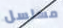
مسلسل